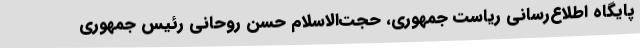
پایگاه اطلاع‌رسانی ریاست جمهوری، حجت‌الاسلام حسن روحانی رئیس جمهوری